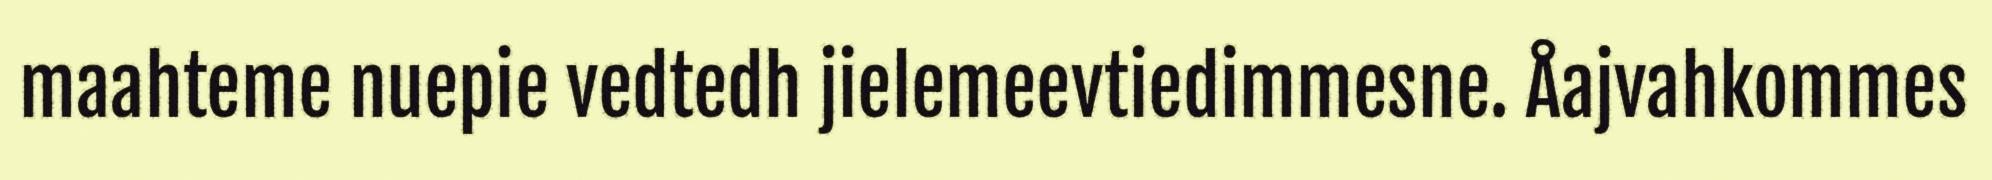
maahteme nuepie vedtedh jielemeevtiedimmesne. Åajvahkommes